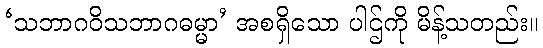
‘သဘာဂဝိသဘာဂဓမ္မာ’ အစရှိသော ပါဌ်ကို မိန့်သတည်း။